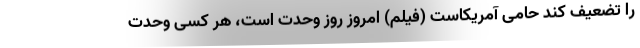
را تضعیف کند حامی آمریکاست (فیلم) امروز روز وحدت است، هر کسی وحدت